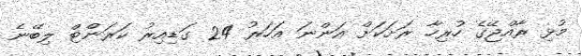
މުޅި ރާއްޖޭގެ ހުރިހާ ރަށަކަށް އަންނަ އަހަރު 24 ގަޑިއިރު ކަރަންޓް ލިބޭނެ